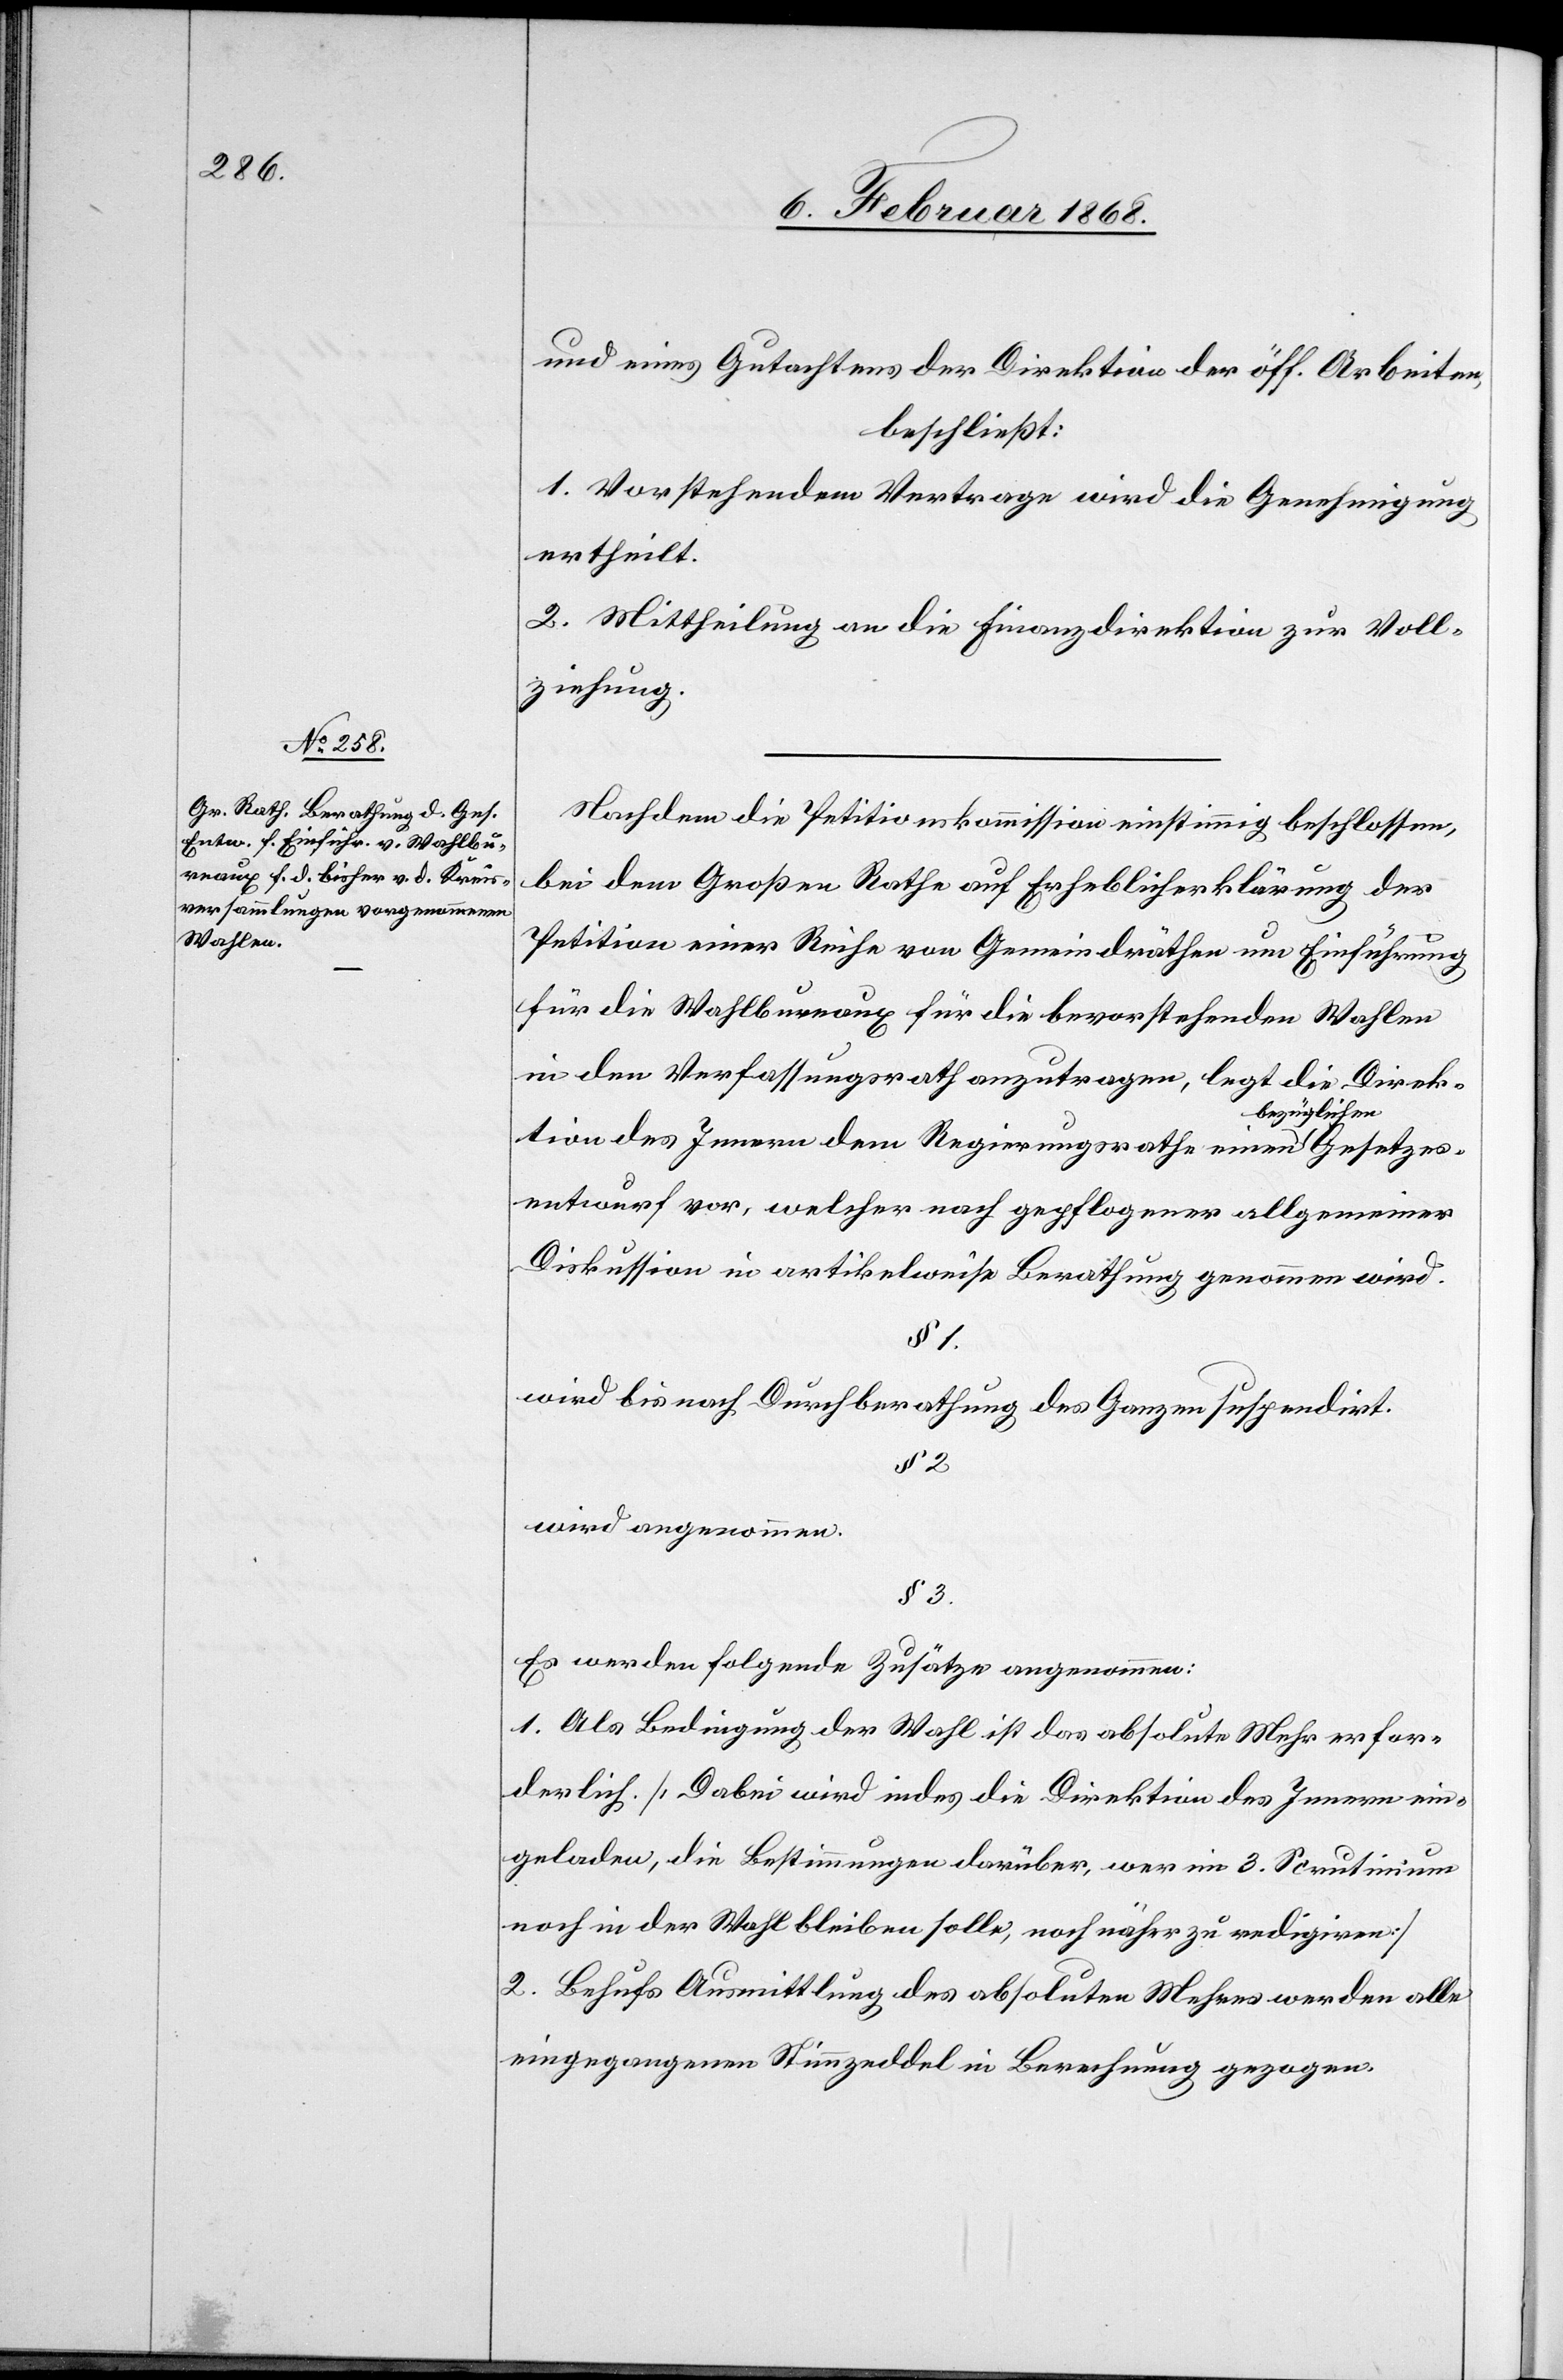
und eines Gutachtens der Direktion der öff. Arbeiten,
beschließt:
1. Vorstehendem Vertrage wird die Genehmigung
ertheilt.
2. Mittheilung an die Finanzdirektion zur Voll¬
ziehung.
Nachdem die Petitionskommission einstimmig beschlossen,
bei dem Großen Rathe auf Erheblicherklärung der
Petition einer Reihe von Gemeindräthen um Einführung
für die Wahlbureaux für die bevorstehenden Wahlen
in den Verfassungsrath anzutragen, legt die Direk¬
tion des Innern dem Regierungsrathe einen bezüglichen Gesetzes¬
entwurf vor, welcher nach gepflogener allgemeiner
Diskussion in artikelweise Berathung genommen wird.
§ 1.
wird bis nach Durchberathung des Ganzen suspendirt.
wird angenommen.
§ 3.
Es werden folgende Zusätze angenommen:
1. Als Bedingung der Wahl ist das absolute Mehr erfor¬
derlich. [Dabei wird indes die Direktion des Innern ein¬
geladen, die Bestimmungen darüber, wer im 3. Scrutinium
noch in der Wahl bleiben solle, noch näher zu redigiren]
2. Behufs Ausmittlung des absoluten Mehres werden alle
eingegangenen Stimmzeddel in Berechnung gezogen.